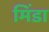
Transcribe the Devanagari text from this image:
मिंडा